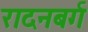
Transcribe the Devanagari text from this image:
रादनबर्ग